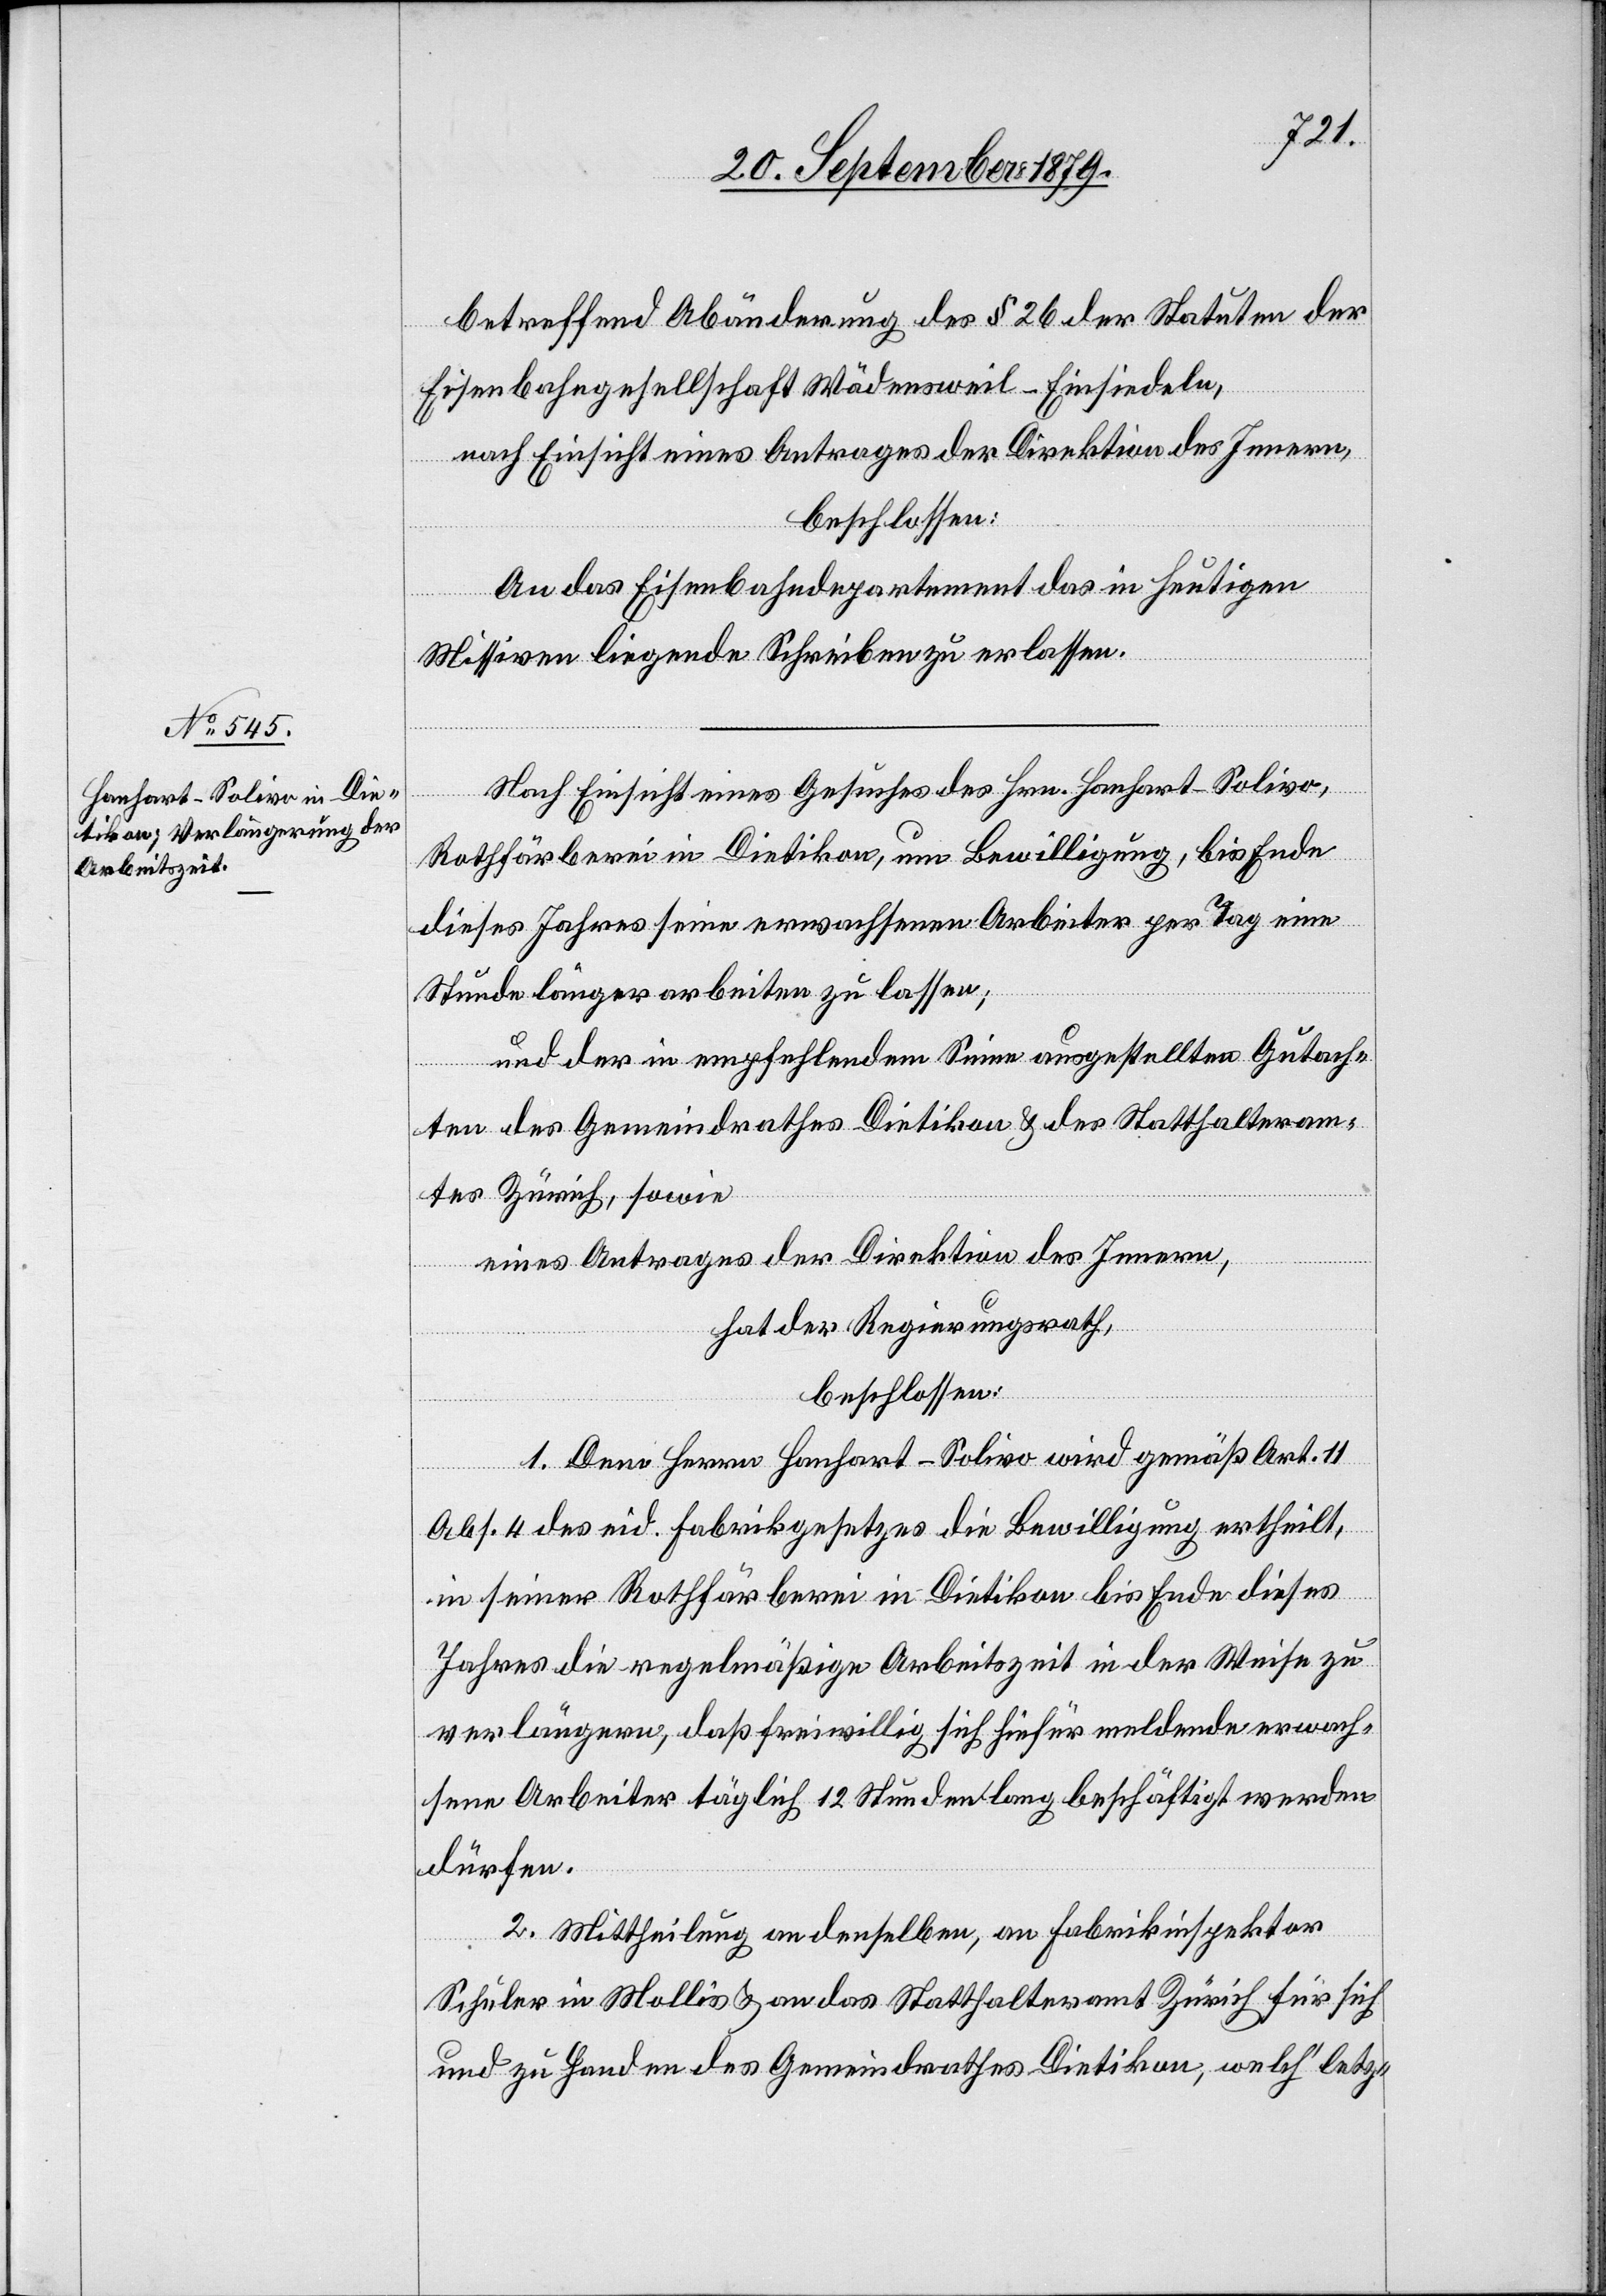
betreffend Abänderung des § 26 der Statuten der
Eisenbahngesellschaft Wädensweil–Einsiedeln,
nach Einsicht eines Antrages der Direktion des Innern,
beschlossen:
An das Eisenbahndepartement das in heutigen
Missiven liegende Schreiben zu erlassen.
Nach Einsicht eines Gesuches des Hrn. Hanhart-Solivo,
Rothfärberei in Dietikon, um Bewilligung, bis Ende
dieses Jahres seine erwachsenen Arbeiter per Tag eine
Stunde länger arbeiten zu lassen;
und der in empfehlenden Sinne ausgestellten Gutach¬
ten des Gemeindrathes Dietikon & des Statthalteram¬
tes Zürich, sowie
eines Antrages der Direktion des Innern,
hat der Regierungsrath,
beschlossen:
1. Dem Herrn Hanhart-Solivo wird gemäß Art. 11
Abs. 4 des eid. Fabrikgesetzes die Bewilligung ertheilt,
in seiner Rothfärberei in Dietikon bis Ende dieses
Jahres die regelmäßige Arbeitszeit in der Weise zu
verlängern, daß freiwillig sich hiefür meldende erwach¬
sene Arbeiter täglich 12 Stunden lang beschäftigt werden
dürfen.
2. Mittheilung an denselben, an Fabrikinspektor
Schuler in Mollis & an das Statthalteramt Zürich für sich
und zu Handen des Gemeindrathes Dietikon, welch’ letz-